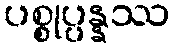
ပစ္စုပ္ပန္နဿ